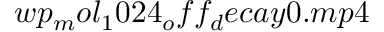
w p _ { m } o l _ { 1 } 0 2 4 _ { o } f f _ { d } e c a y 0 . m p 4